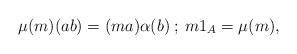
LaTeX: \begin{align*}\mu(m)(ab)= (ma)\alpha(b)\:; \: m1_A=\mu(m),\end{align*}